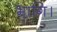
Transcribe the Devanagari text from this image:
भागि।